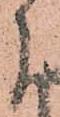
下